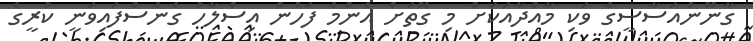
ގާނޫނުއަސާސީގެ ވަކި މާއްދާއަކަށް މި ގޮތަށް އެންމެ ފަހުން އިސްލާހު ގެނެސްފައިވަނީ ކުރީގެ